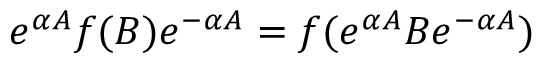
e ^ { \alpha A } f ( B ) e ^ { - \alpha A } = f ( e ^ { \alpha A } B e ^ { - \alpha A } )